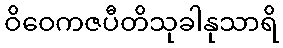
ဝိဝေကဇပီတိသုခါနုသာရိ